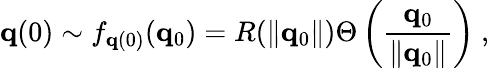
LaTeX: {\mathbf q}(0)\sim f_{{\mathbf q}(0)}({\mathbf q}_{0})=R(\| {\mathbf q}_{0}\| )\Theta\left(\frac{{\mathbf q}_{0}}{\| {\mathbf q}_{0}\| }\right)\mathrm{~,~}